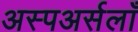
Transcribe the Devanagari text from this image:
अस्पअर्सलाँ